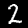
Label: 2